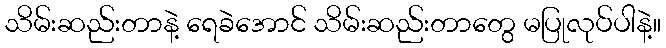
သိမ်းဆည်းတာနဲ့ ရေခဲအောင် သိမ်းဆည်းတာတွေ မပြုလုပ်ပါနဲ့။